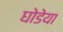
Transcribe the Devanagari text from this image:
घोडेया